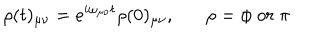
LaTeX: \rho ( t ) _ { \mu \nu } = e ^ { i \omega _ { \mu \nu } t } \rho ( 0 ) _ { \mu \nu } , \rho = \phi \; o r \; \pi